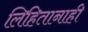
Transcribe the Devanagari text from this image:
लिहितानाही